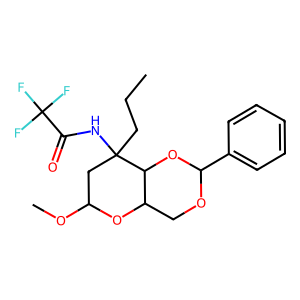
SMILES: CCCC1(NC(=O)C(F)(F)F)CC(OC)OC2COC(c3ccccc3)OC21
Inhibits HIV replication: No